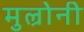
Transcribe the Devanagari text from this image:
मुल्रोनी